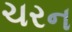
ચરન